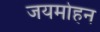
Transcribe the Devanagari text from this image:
जयमोहन